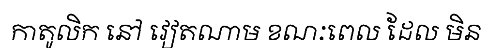
កាតូលិក នៅ វៀតណាម ខណៈពេល ដែល មិន